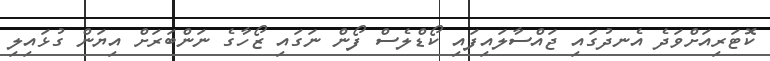
ކޮޓަރިއަށްވަދެ އެނދުގައި ޖައްސާލައިފައި ކޯޑްލެސް ފޯން ނަގައި ޒޯހާގެ ނަންބަރަށް އިޔަން ގުޅައިލި